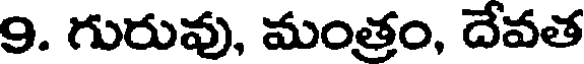
9. గురువు, మంత్రం, దేవత